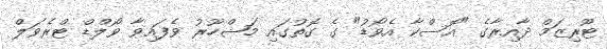
ޓޫރިޒަމް ދާއިރާގެ "އޮސްކާ އެވޯޑު" ގެ ގޮތުގައި މަޝްހޫރު ވެފައިވާ ވޯލްޑް ޓްރެވަލް